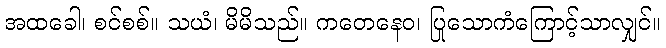
အထခေါ၊ စင်စစ်။ သယံ၊ မိမိသည်။ ကတေနေဝ၊ ပြုသောကံကြောင့်သာလျှင်။